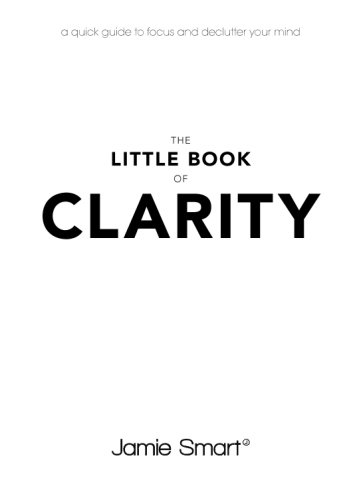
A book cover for The Little Book of Clarity: A Quick Guide to Focus and Declutter Your Mind; Jamie Smart; Self-Help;